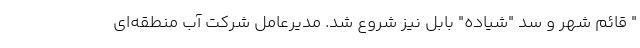
" قائم شهر و سد "شیاده" بابل نیز شروع شد. مدیرعامل شرکت آب منطقه‌ای